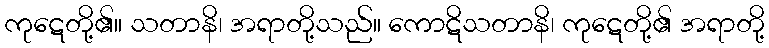
ကုဋေတို့၏။ သတာနိ၊ အရာတို့သည်။ ကောဋိသတာနိ၊ ကုဋေတို့၏ အရာတို့